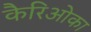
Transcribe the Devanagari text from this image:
कैरिओका